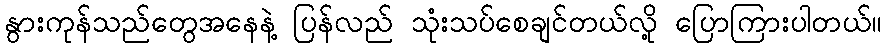
နွားကုန်သည်တွေအနေနဲ့ ပြန်လည် သုံးသပ်စေချင်တယ်လို့ ပြောကြားပါတယ်။